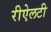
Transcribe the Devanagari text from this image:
रीऐलटी